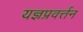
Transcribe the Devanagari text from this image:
यज्ञप्रवर्त्तन